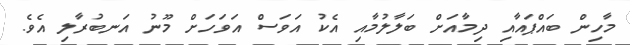
މާހިން ބައްޕައާއި ދިމާއަށް ބަލާލުމާއި އެކު އަވަސް އަވަހަށް މޫނު އަނބުރާލި އެވެ.